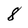
Character: 8